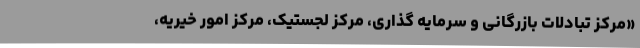
«مرکز تبادلات بازرگانی و سرمایه گذاری، مرکز لجستیک، مرکز امور خیریه،